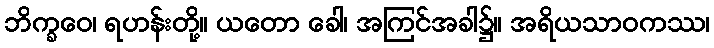
ဘိက္ခဝေ၊ ရဟန်းတို့။ ယတော ခေါ၊ အကြင်အခါ၌။ အရိယသာဝကဿ၊